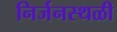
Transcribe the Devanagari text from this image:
निर्जनस्थळी